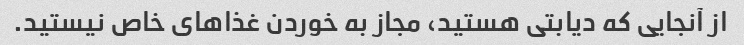
از آنجایی که دیابتی هستید، مجاز به خوردن غذاهای خاص نیستید.